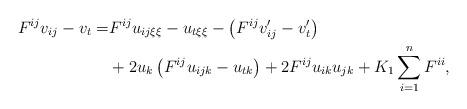
LaTeX: \begin{align*}{F^{ij}}{v_{ij}}- v_t =& {F^{ij}}{u_{ij\xi \xi }}-{u_{t\xi \xi }} - \left( {F^{ij}}v{'_{ij}}-{v{'_t}} \right) \\ &+2{u_k}\left( {F^{ij}}{u_{ijk}}-{{u_{tk}}} \right) + 2{F^{ij}}{u_{ik}}{u_{jk}} + {K_1}\sum\limits_{i = 1}^n {{F^{ii}}},\end{align*}